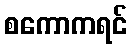
စကောကရင်